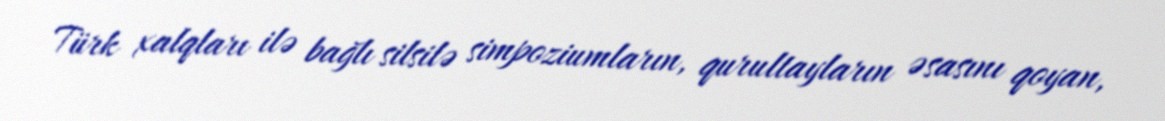
Türk xalqları ilə bağlı silsilə simpoziumların, qurultayların əsasını qoyan,